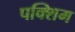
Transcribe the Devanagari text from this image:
पक्शिम